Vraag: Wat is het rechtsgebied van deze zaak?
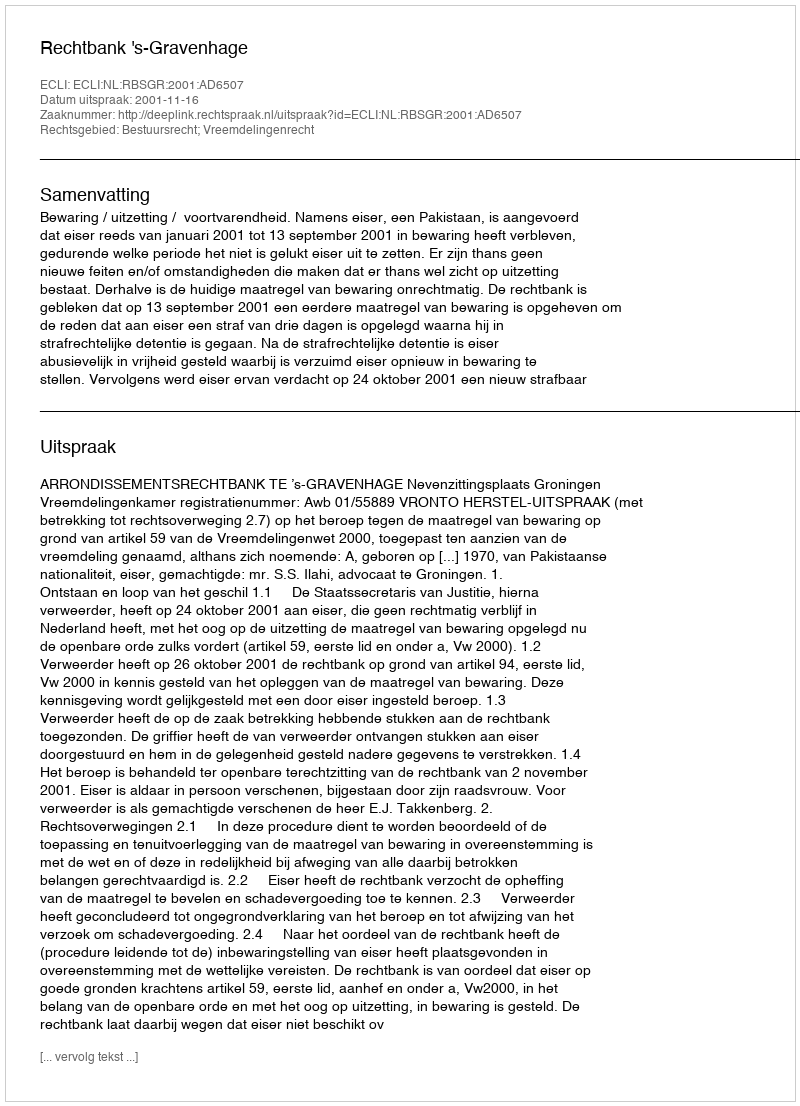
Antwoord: Bestuursrecht; Vreemdelingenrecht